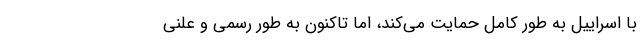
با اسراییل به طور کامل حمایت می‌کند، اما تاکنون به طور رسمی و علنی